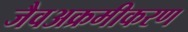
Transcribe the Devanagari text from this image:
जैवअक्रमीकरण